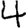
Digit: 4